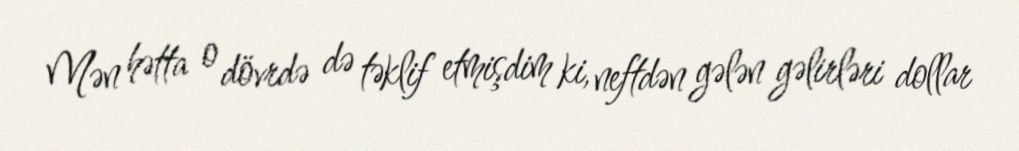
Mən hətta o dövrdə də təklif etmişdim ki, neftdən gələn gəlirləri dollar